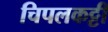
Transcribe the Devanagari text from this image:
चिपलकट्टी